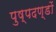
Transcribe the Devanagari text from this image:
पुष्पदण्डों